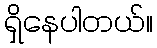
ရှိနေပါတယ်။